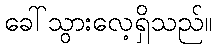
ခေါ်သွားလေ့ရှိသည်။